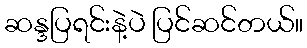
ဆန္ဒပြရင်းနဲ့ပဲ ပြင်ဆင်တယ်။